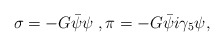
\begin{align*}\sigma = -G \bar{\psi}\psi \; , \pi = - G \bar{\psi}i\gamma_5 \psi, \end{align*}